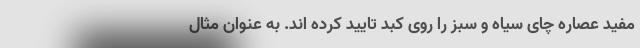
مفید عصاره چای سیاه و سبز را روی کبد تایید کرده اند. به عنوان مثال